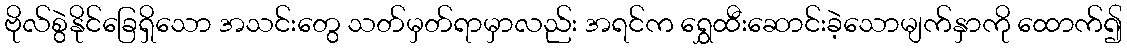
ဗိုလ်စွဲနိုင်ခြေရှိသော အသင်းတွေ သတ်မှတ်ရာမှာလည်း အရင်က ရွှေထီးဆောင်းခဲ့သောမျက်နှာကို ထောက်၍